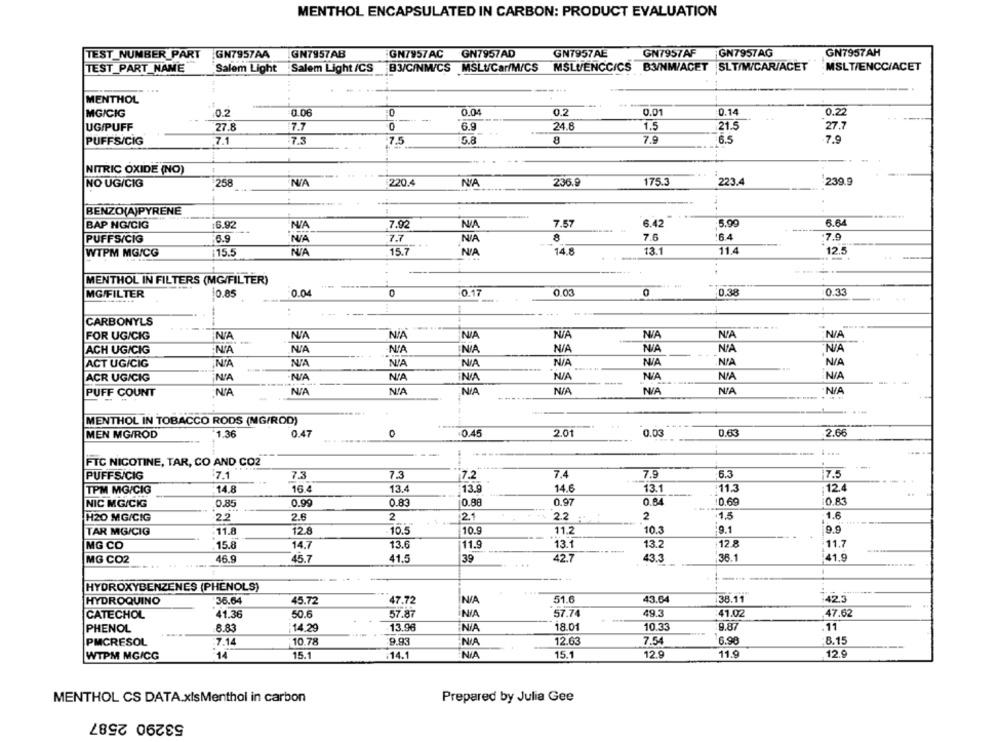
MENTHOL ENCAPSULATED IN CARBON: PRODUCT EVALUATION
GN7957AD
GN7957AE
GN7957AF
GN7957AG
GN7957AH
TEST_NUMBER_PART
GN7957AA
GN7957AB
GN7957AC
B3/C/NM/CS MSLUCar/M/CS MSLUENCC/CS B3/NM/ACET SLT/M/CAR/ACET
MSLT/ENCC/ACET
TEST_PART_NAME
Salem Light Salem Light /CS
MENTHOL
0.06
0.04
0.2
0.01
0.14
MG/CIG
0.2
0.2
UG/PUFF
27.8
7.7
6.9
24.8
21.5
1.5
27.7
PUFFS/CIG
7.1
-7.3
7.5
5.8
8
7.9
:6.5
7.9
NITRIC OXIDE (NO)
NO UG/CIG
258
220.4
236.9
175.3
223.4
239.9
BENZO(A)PYRENE
6.42
6.64
BAP NG/CIG
16.92
7.92
7.57
5.99
7.7
8
7.6
'6.4
.7.9
PUFFS/CIG
6.9
WTPM MG/CG
$15.5
NA
15.7
14.8
13.1
11.4
12.5
MENTHOL IN FILTERS (MG/FILTER)
MG/FILTER
10.85
0.04
0.17
0
0.38
0.33
.. 4
CARBONYLS
FOR UG/CIGG
NA
NA
NA
ACH UG/CIG
ACT UG/CIG
NA
NA
ACR UG/CIG
NA
NA
PUFF COUNT
N'A
NA
MENTHOL IN TOBACCO RODS (MG/ROD)
MEN MG/ROD
1.36
0.47
0
0.45
2.01
0.03
0.63
2.66
FTC NICOTINE, TAR, CO AND CO2
PUFFS/CIG
7.1
7.3
7.3
7.2
7.4
7.9
6.3
17.5
TPM MG/CIG
14.8
16.4
13.4
13.9
14.6
13.1
.11.3
:12.4
NIC MG/CIG
0.85
0.99
0.83
0.88
0.97
0.84
0.69
0.83
H20 MG/CIG
2.2
2.6
2
2.1
2.2
2
1.5
1.6
TAR MG/CIG
11.8
12.8
10.5
10.9
11.2
10.3
9.1
9.9
MG CO
15.8
14.7
13.6
11.9
13.1
13.2
:12.8
11.7
MG CO2
46.9
45.7
41.5
39
42.7
43.3
36.1
41.9
HYDROXYBENZENES (PHENOLS)
HYDROQUINO
36.64
45.72
47.72
51.6
43.64
38.11
42.5
CATECHOL
41.36
50.6
57.87
57.74
49.3
41.02
47.62
PHENOL
8.83
14.29
13.96
18.01
10.33
9.87
.11
PMCRESOL
7.14
10.78
9.93
NIA
12.63
7.54
6.98
8.15
NIA
11.9
12.9
WTPM MG/CG
14
15.1
:14.1
15.1
12.9
Prepared by Julia Gee
MENTHOL CS DATA.xlsMenthol in carbon
53290 2587